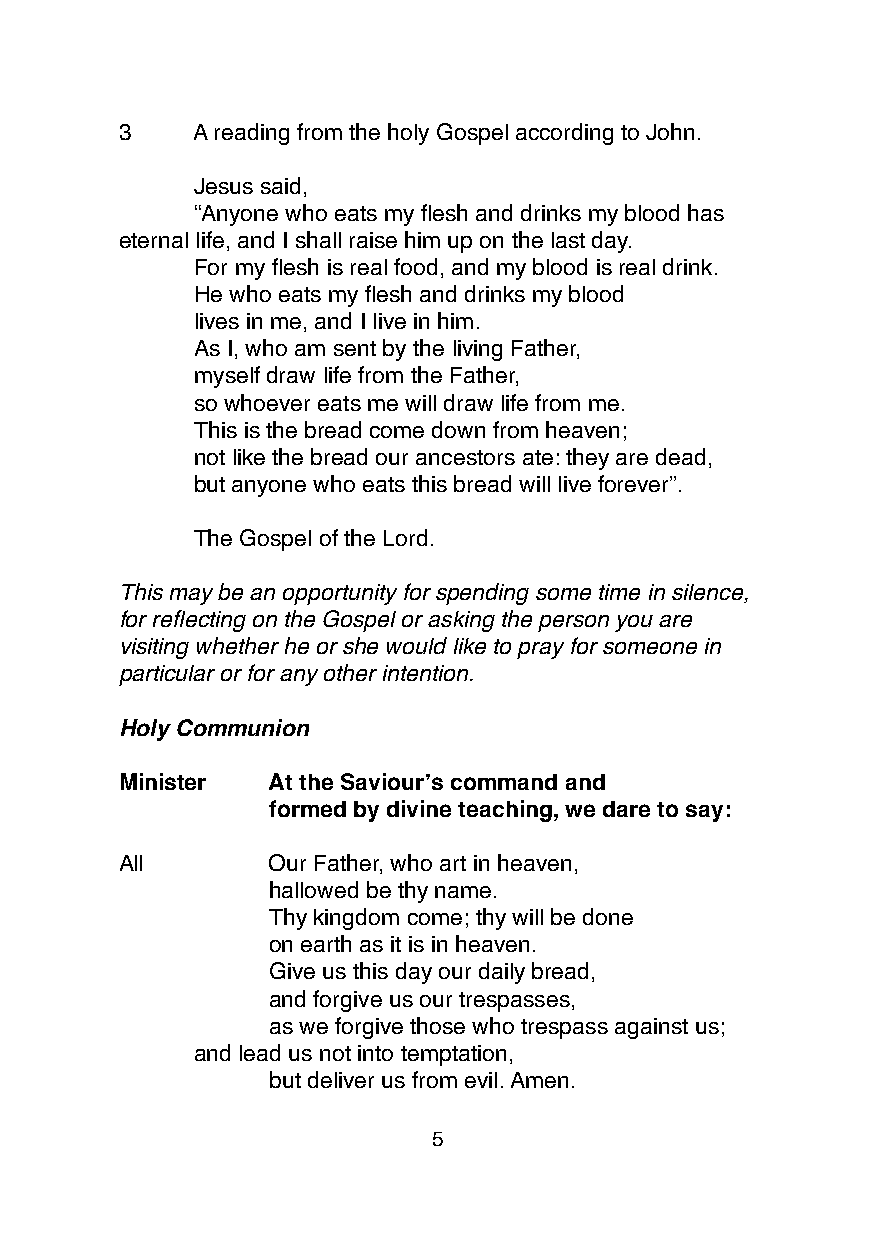
3    A reading from the holy Gospel according to John.
 Jesus said,
 “Anyone who eats my flesh and drinks my blood has
 eternal life, and I shall raise him up on the last day.
 For my flesh is real food, and my blood is real drink.
 He who eats my flesh and drinks my blood
 lives in me, and I live in him.
 As I, who am sent by the living Father,
 myself draw life from the Father,
 so whoever eats me will draw life from me.
 This is the bread come down from heaven;
 not like the bread our ancestors ate: they are dead,
 but anyone who eats this bread will live forever”.
 The Gospel of the Lord.
 This may be an opportunity for spending some time in silence,
 for reflecting on the Gospel or asking the person you are
 visiting whether he or she would like to pray for someone in
 particular or for any other intention.
 Holy Communion
 Minister  At the Saviour’s command and
 formed by divine teaching, we dare to say:
 All       Our Father, who art in heaven,
 hallowed be thy name.
 Thy kingdom come; thy will be done
 on earth as it is in heaven.
 Give us this day our daily bread,
 and forgive us our trespasses,
 as we forgive those who trespass against us;
 and lead us not into temptation,
 but deliver us from evil. Amen.
 5